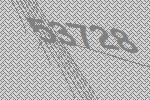
53728